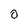
Character: 0